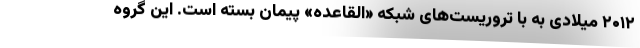
۲۰۱۲ میلادی به با تروریست‌های شبکه «القاعده» پیمان بسته است. این گروه